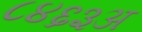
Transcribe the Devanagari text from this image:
८४६३अ